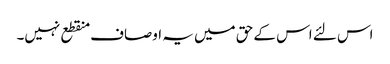
اس لئے اس کے حق میں یہ اوصاف منقطع نہیں۔